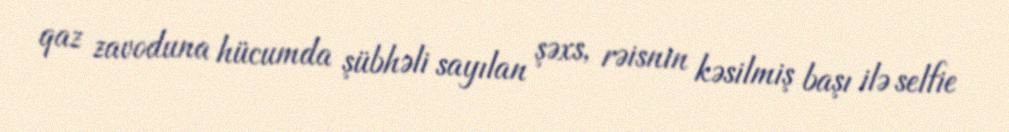
qaz zavoduna hücumda şübhəli sayılan şəxs, rəisnin kəsilmiş başı ilə selfie